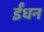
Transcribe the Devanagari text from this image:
र्इंधन